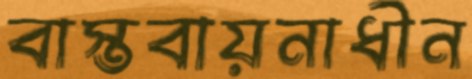
বাস্তবায়নাধীন